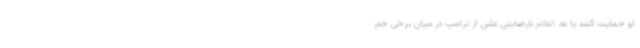
او حمایت کنند یا نه. اعلام نارضایتی علنی از ترامپ در میان برخی جم